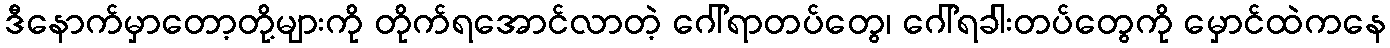
ဒီနောက်မှာတော့တို့များကို တိုက်ရအောင်လာတဲ့ ဂေါ်ရာတပ်တွေ၊ ဂေါ်ရခါးတပ်တွေကို မှောင်ထဲကနေ